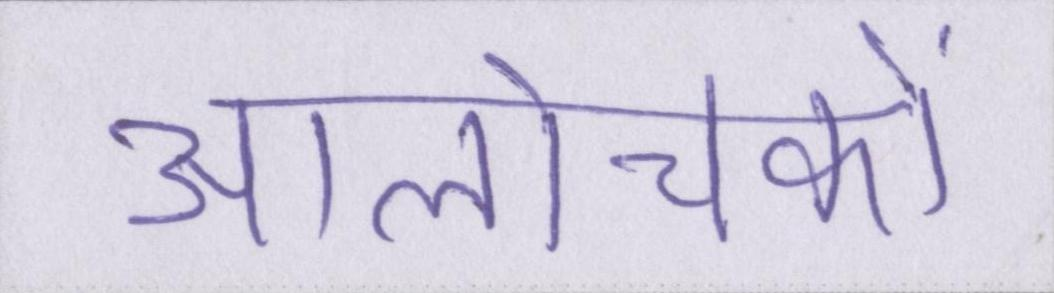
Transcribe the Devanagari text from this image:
आलोचकों